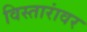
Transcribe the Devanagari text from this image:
विस्तारांवर